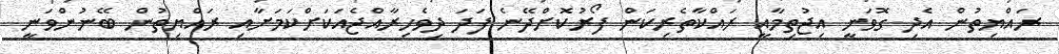
ރައްޔިތުން އެދި ގޮވަނީ އިޖުތިމާއީ ރައްކާތެރިކަން ފޯރުކޮށްދޭނެ ފަދަ ދިވެހިރާއްޖެއަކަށްކަމަށާއި ރައްޔިތުން ބޭނުންވަނީ